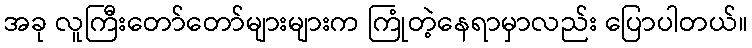
အခု လူကြီးတော်တော်များများက ကြုံတဲ့နေရာမှာလည်း ပြောပါတယ်။